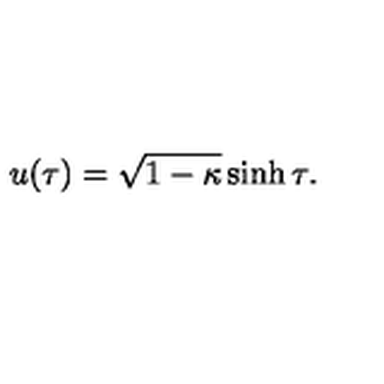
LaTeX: u ( \tau ) = \sqrt { 1 - \kappa } \sinh \tau .